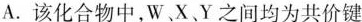
A. 该化合物中，W、X、Y之间均为共价键